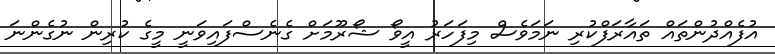
އުފެއްދުންތައް ތައާރަފްކުރި ނަމަވެސް މިފަހަރު އީވޯ ޝޯރޫމަށް ގެނެސްފައިވަނީ މީގެ ކުރިން ނުގެންނަ